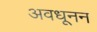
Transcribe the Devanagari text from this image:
अवधूनन